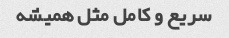
سریع و کامل مثل همیشه